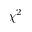
\chi ^ { 2 }